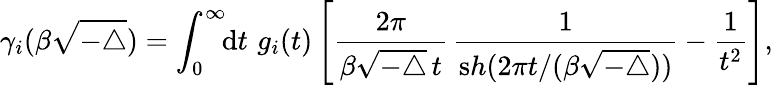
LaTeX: \gamma_{i}(\beta\sqrt{-\triangle})=\int_{0}^{\infty}\! \! {\mathrm d}t\, \, g_{i}(t)\left[\frac{2\pi}{\beta{\sqrt{-\triangle}}\, t}\, \frac{1}{{\mathrm sh}(2\pi t/(\beta{\sqrt{-\triangle}}))}-\frac{1}{t^{2}}\right],